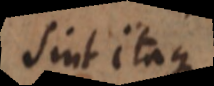
Sint itaque